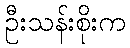
ဦးသန်းစိုးက